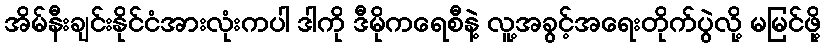
အိမ်နီးချင်းနိုင်ငံအားလုံးကပါ ဒါကို ဒီမိုကရေစီနဲ့ လူ့အခွင့်အရေးတိုက်ပွဲလို့ မမြင်ဖို့